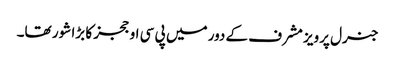
جنرل پرویز مشرف کے دور میں پی سی او ججز کا بڑا شور تھا۔